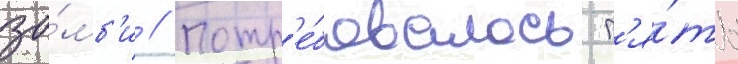
зо́мб'и // Потр'е́бовалось п'я́ть